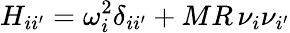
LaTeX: H_{ii^{\prime}}=\omega_{i}^{2}\delta_{ii^{\prime}}+MR\, \nu_{i}\nu_{i^{\prime}}